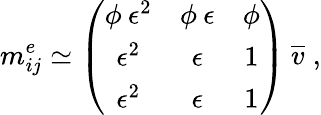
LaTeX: m_{ij}^{e}\simeq\left(\begin{array}{ccc}{{\phi\: \epsilon^{2}}}&{{\phi\: \epsilon}}&{{\phi}}\\ {{\epsilon^{2}}}&{{\epsilon}}&{{1}}\\ {{\epsilon^{2}}}&{{\epsilon}}&{{1}}\end{array}\right)\: \overline{{{v}}}\; ,